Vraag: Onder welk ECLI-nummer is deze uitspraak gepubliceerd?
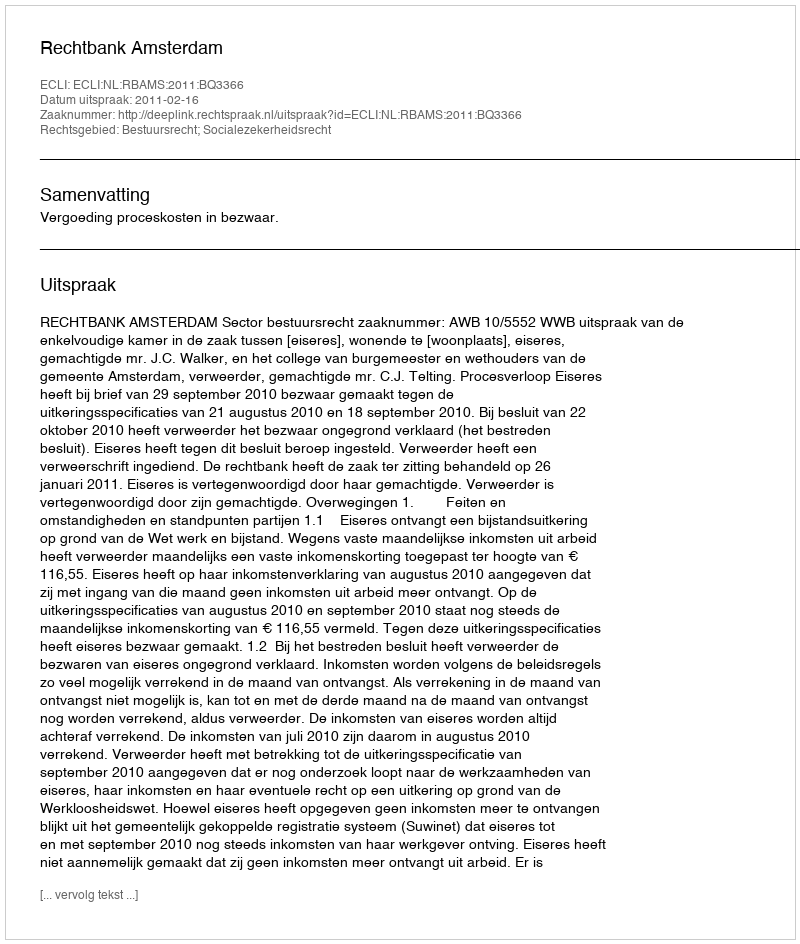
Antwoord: ECLI:NL:RBAMS:2011:BQ3366